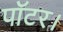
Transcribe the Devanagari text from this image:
पॉटर।